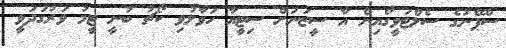
ސްޕޭނުގެ ސެލްޓަވީގޯއިން އާ ސީޒަނަށް ސިޓީއާ ހަވާލުވި ކޯޗު ބުނީ ޓީމު ވަރުގަދަވީ